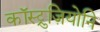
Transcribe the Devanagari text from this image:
कॉस्ट्रुज़ियोनि